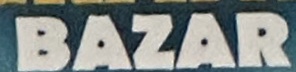
BAZAR